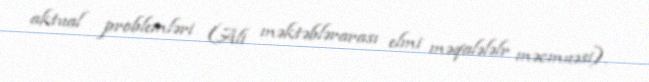
aktual problemləri (Ali məktəblərarası elmi məqalələlr məcmuəsi).